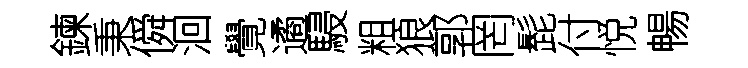
鍊秉僢洄覺遹駸粗狼郭罔髭付悦暢